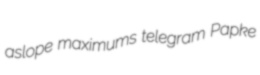
aslope maximums telegram Papke